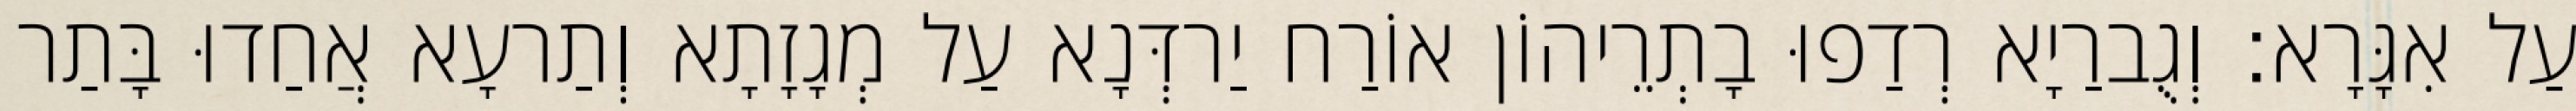
עַל אִגָּרָא׃ וְגֻברַיָא רְדַפוּ בָתְרֵיהוֹן אוֹרַח יַרדְּנָא עַל מְגָזָתָא וְתַרעָא אֲחַדוּ בָּתַר